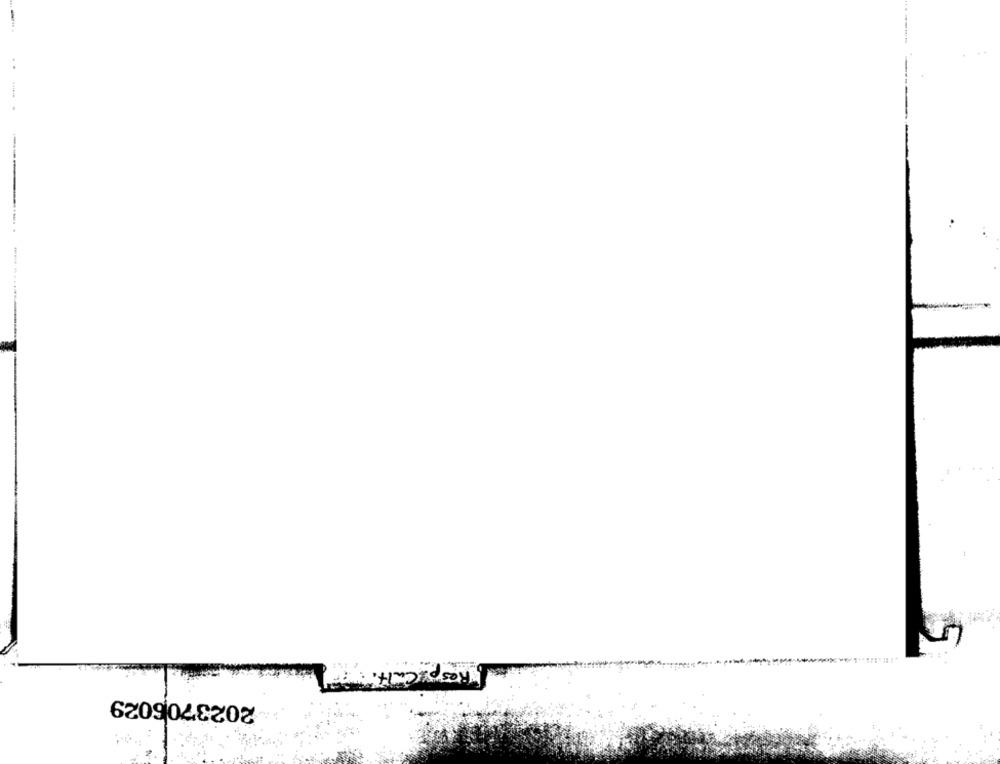
[Respecalt
2023706029